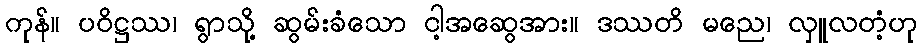
ကုန်။ ပဝိဋ္ဌဿ၊ ရွာသို့ ဆွမ်းခံသော ငါ့အဆွေအား။ ဒဿတိ မညေ၊ လှူလတံ့ဟု